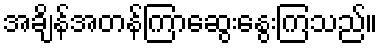
အချိန်အတန်ကြာဆွေးနွေးကြသည်။